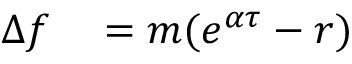
\begin{array} { r l } { \Delta f } & { { } = m ( e ^ { \alpha \tau } - r ) } \end{array}